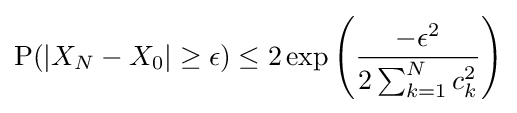
{\text{P}}(|X_{N}-X_{0}|\geq \epsilon )\leq 2\exp \left({-\epsilon ^{2} \over 2\sum _{k=1}^{N}c_{k}^{2}}\right)